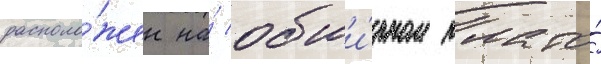
располо́жен на́ обши́рном плато́